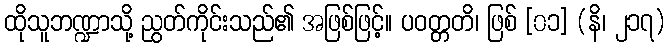
ထိုသူဘဏ္ဍာသို့ ညွတ်ကိုင်းသည်၏ အဖြစ်ဖြင့်။ ပဝတ္တတိ၊ ဖြစ် [၀၁] (နိ၊ ၂၁၇)